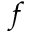
f